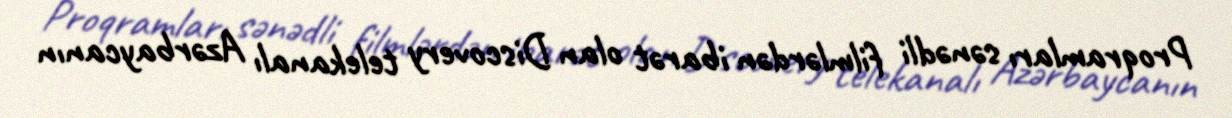
Proqramları sənədli filmlərdən ibarət olan Discovery telekanalı Azərbaycanın